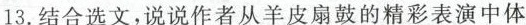
13.结合选文,说说作者从羊皮扇鼓的精彩表演中体